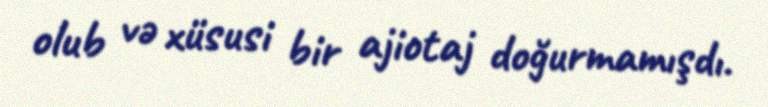
olub və xüsusi bir ajiotaj doğurmamışdı.